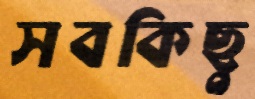
সবকিছু